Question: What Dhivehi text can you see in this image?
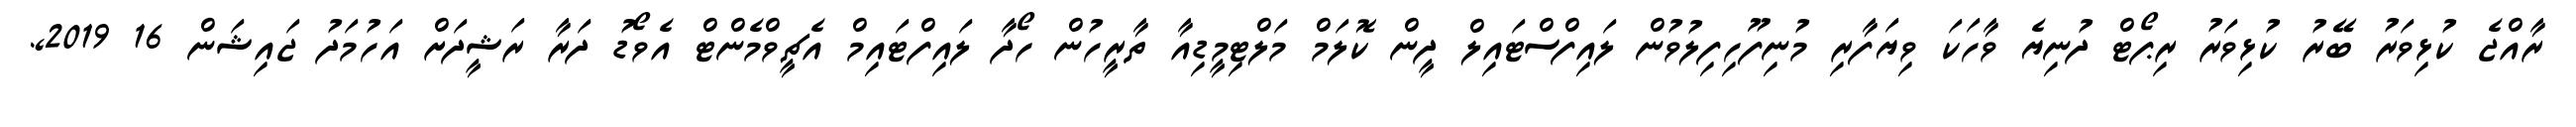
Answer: ރާއްޖެ ކުޅިވަރު ބޭރު ކުޅިވަރު ރިޕޯޓް ދުނިޔެ ވާހަކަ ވިޔަފާރި މުނިފޫހިފިލުވުން ލައިފްސްޓައިލް ދީން ކޮލަމް މަލްޓިމީޑިއާ ތާރީހުން ހޯދާ ލައިފްޓައިމް އެޗީވްމެންޓް އެވޯޑު ދަރާ ރަޝީދަށް އަހުމަދު ޖައިޝަން 16 2019,.